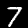
Digit: 7